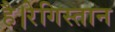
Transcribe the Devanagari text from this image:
है।रेगिस्तान